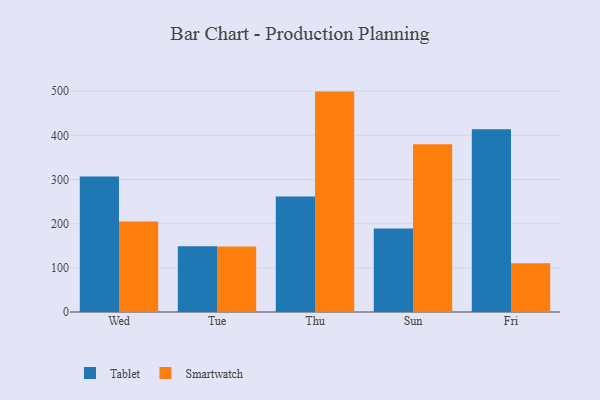
{"axis": {"x": "Day", "y": "Conversion Rate (%)"}, "legend": ["Smartwatch", "Tablet"], "data": [{"x": "Wed", "y": 306.9, "type": "Tablet"}, {"x": "Wed", "y": 205.1, "type": "Smartwatch"}, {"x": "Tue", "y": 148.8, "type": "Tablet"}, {"x": "Tue", "y": 148.1, "type": "Smartwatch"}, {"x": "Thu", "y": 261.8, "type": "Tablet"}, {"x": "Thu", "y": 499.1, "type": "Smartwatch"}, {"x": "Sun", "y": 189.2, "type": "Tablet"}, {"x": "Sun", "y": 379.8, "type": "Smartwatch"}, {"x": "Fri", "y": 413.8, "type": "Tablet"}, {"x": "Fri", "y": 110.5, "type": "Smartwatch"}]}